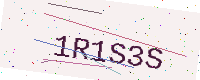
Text: 1R1S3S